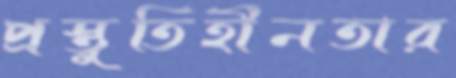
প্রস্তুতিহীনতার